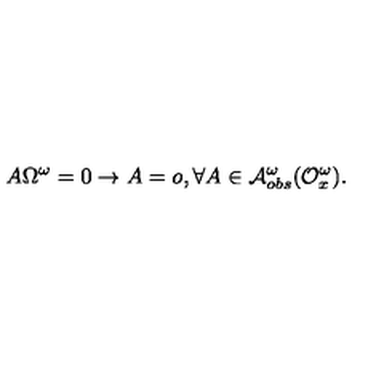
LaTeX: A \Omega ^ { \omega } = 0 \rightarrow A = o , \forall A \in { \cal A } _ { o b s } ^ { \omega } ( { \cal O } _ { x } ^ { \omega } ) .